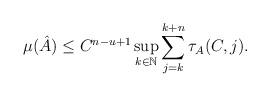
LaTeX: \begin{align*}\mu(\hat{A}) \leq C^{n-u+1} \sup_{k \in \mathbb{N}} \sum_{j=k}^{k+n} \tau_A(C,j).\end{align*}